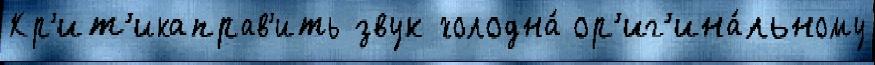
Кр'ит'икаправ'ить звук холодна́ ор'иг'ина́льному